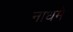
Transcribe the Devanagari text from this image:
नाधमे